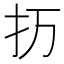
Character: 𰒽